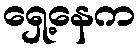
ရှေ့နေက